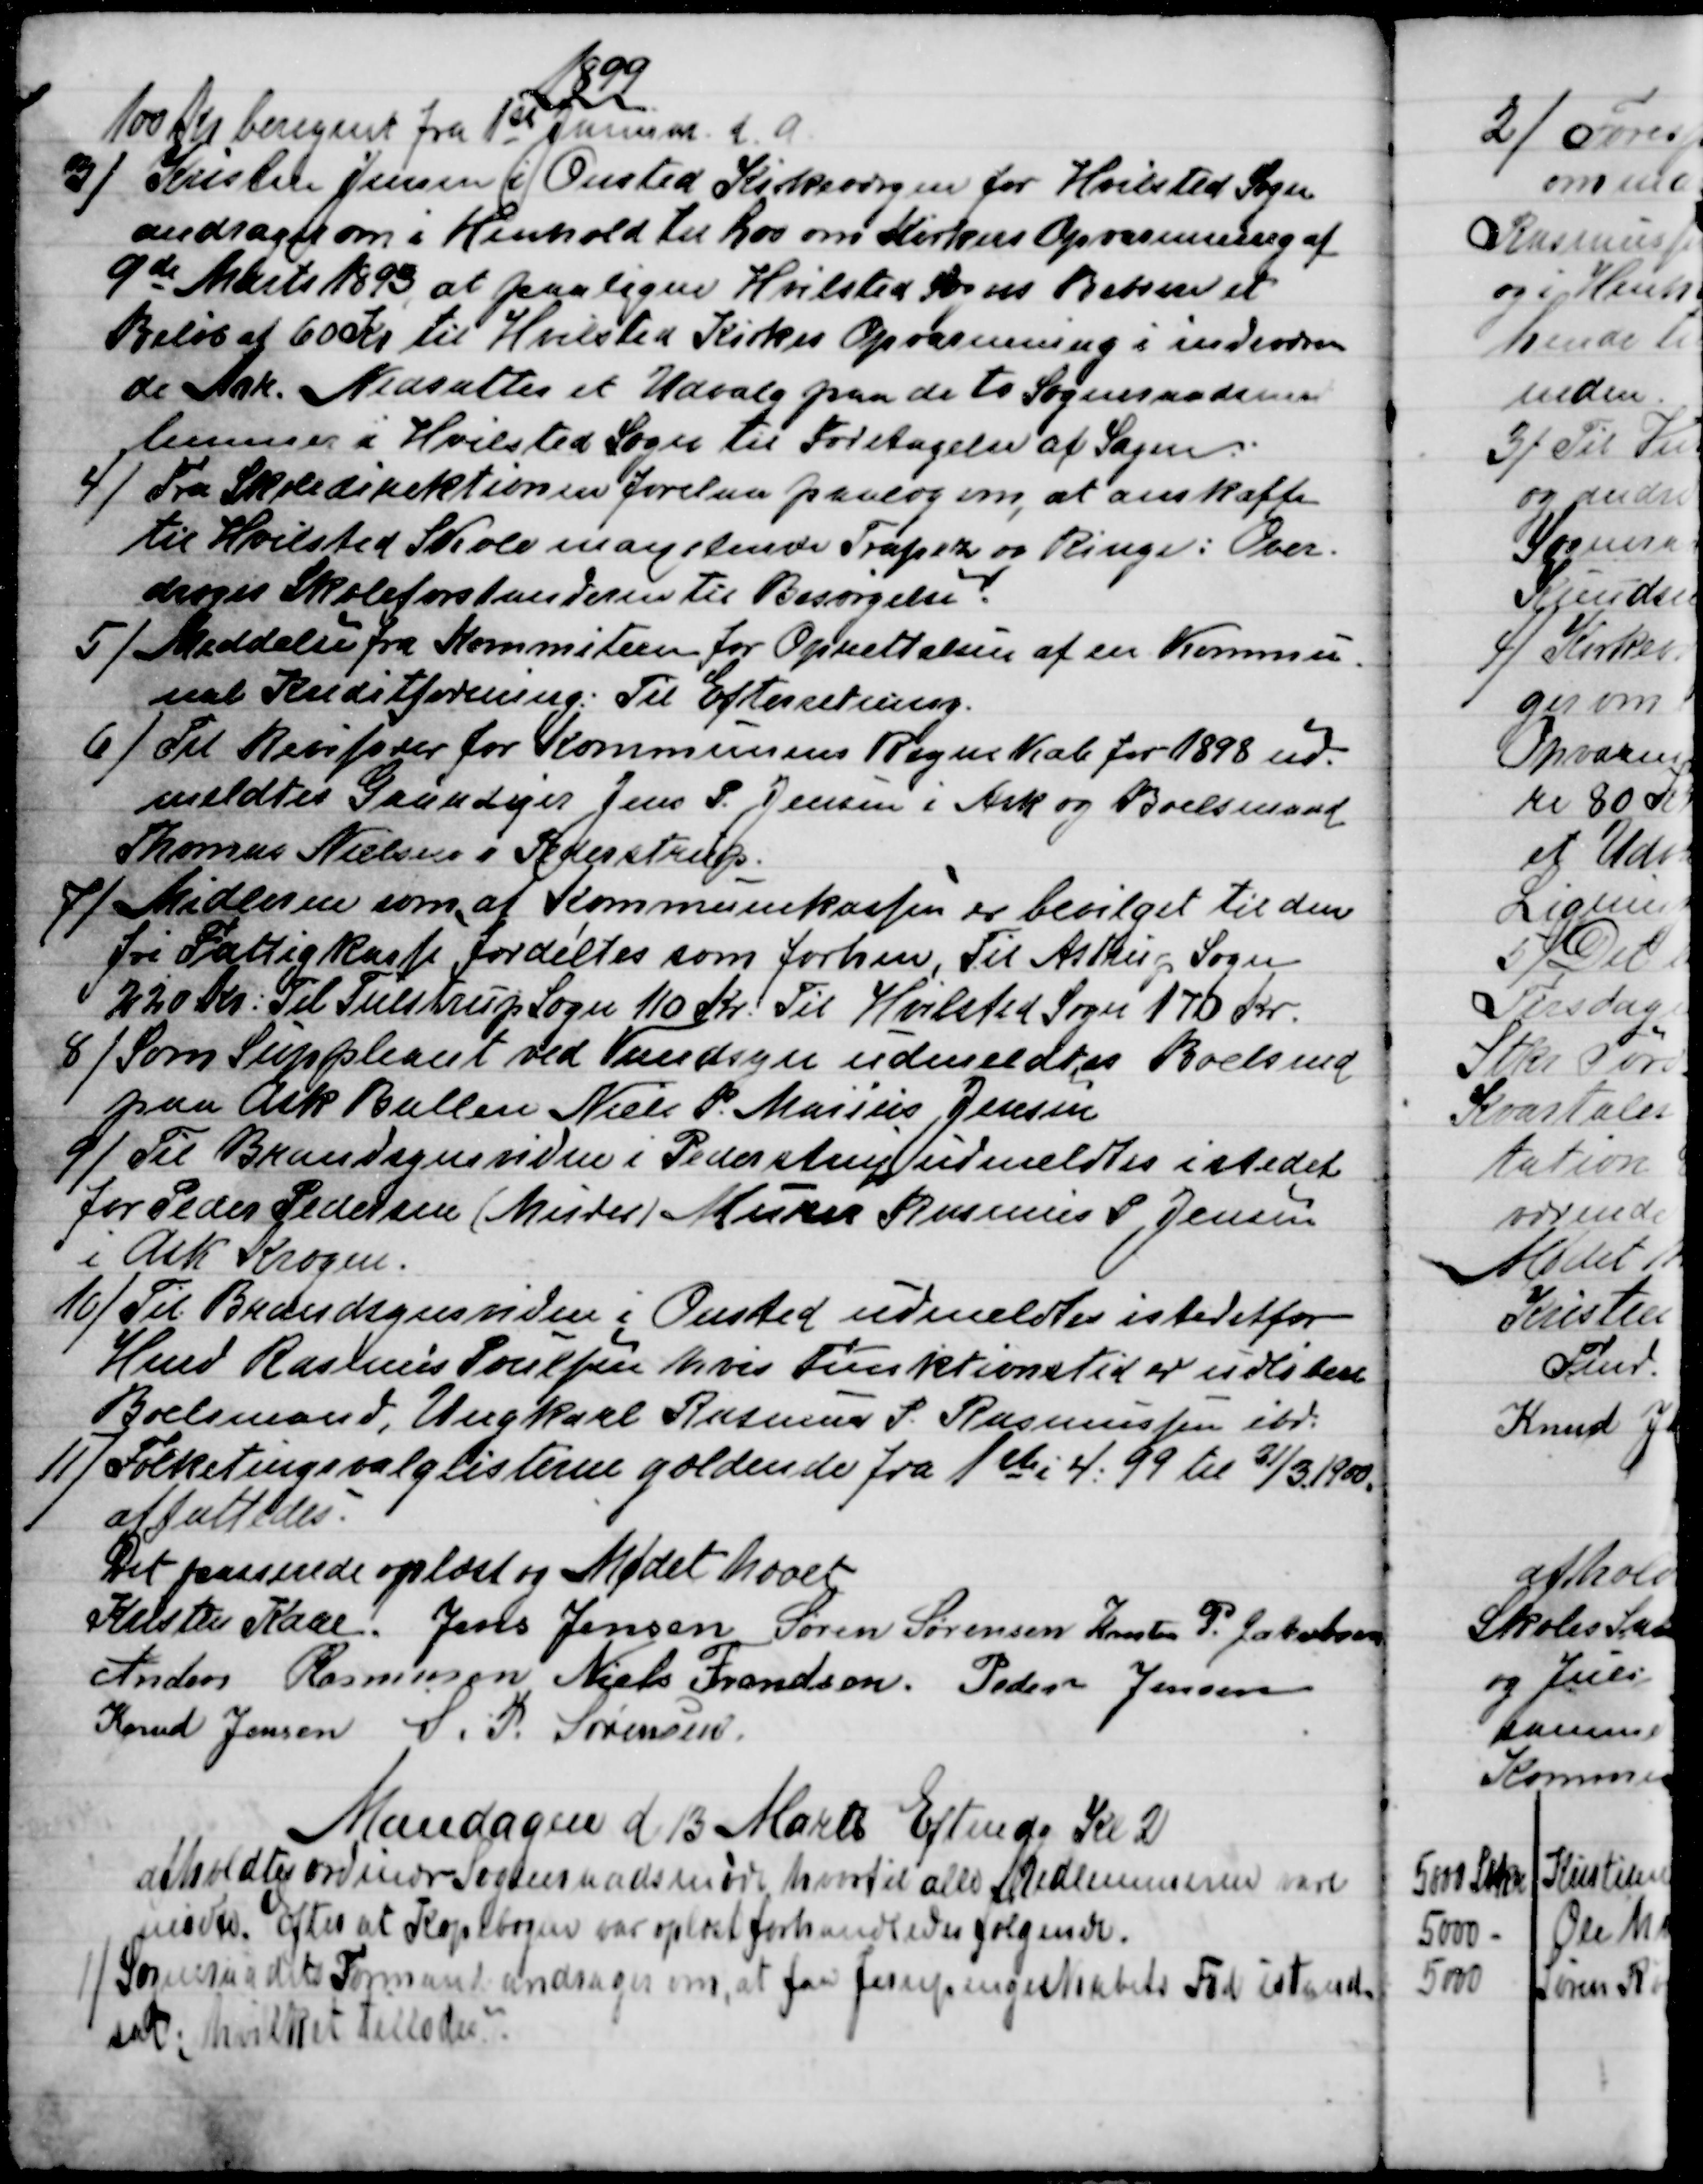
Transskription:
1899
100 Kr beregnet fra 1st Januar d. A.
3)
Kristen Jensen i Onsted Kirkeværgen for Hvilsted Sogn
andrager om i Henhold til Lov om Kirkens Opvarmning af 
9de Marts 1893, at paaligne Hvilsted Sogns Beboere et
Beløb af 600 Kr til Hvilsted Kirkes Opvarmning i indeværen
de Aar. Nedsattes et Udvalg paa de to Sogneraadsmed
lemmer i Hvilsted Sogn til Foretagelse af Sagen.
4)
Fra Skoledirektionen forelaa paalæg om, at anskaffe
til Hvilsted Skole manglende Trapez og Ringe: Over-
droges Skoleforstanderen til Besørgelse.
5) 
Meddelse fra Kommiteen for Oprettelsen af en Kommu-
nal Kreditforening: Til Efterretning.
6) 
Til Revisorer for Kommunens Regnskab for 1898 ud-
meldtes Gaardejer Jens P. Jensen i Ask og Boelsmand
Thomas Nielsen i Pederstrup.
7) 
Midlerne som af Kommunekassen er bevilget til den
fri Fattigkasse fordeltes som forhen, Til Astrup Sogn
220 Kr.: Til Tulstrup Sogn 110 Kr.: Til Hvilsted Sogn 170 Kr.
8) 
Som Suppleant ved Vandsyn udmeldtes Boelsmd
paa Ask Ballen Niels P. Marius Jensen
9) 
Til Brandsynsvidne i Pederstrup udmeldtes i stedet
for Peder Pedersen (Murer) Murer Rasmus P Jensen
i Ask Krogen.
10) 
Til Brandsynsvidne i Onsted udmeldtes istedetfor
Hmd Rasmus Poulsen hvis Funktionstid er udløben
Boelsmand, Ungkarl Rasmus P. Rasmussen ibd.
11) 
Folketingsvalglisterne gældende fra 1ste i 4. 99 til 31/3 1900.
affattedes.
Det passerede oplæst og Mødet hævet
Kristen Kaae. Jens Jensen  Søren Sørensen  Kresten P. Jakobsen
Anders Rasmussen  Niels Frandsen.  Peder Jensen
Knud Jensen  S. P. Sørensen
Mandagen d 13 Marts Eftmdg Kl 2
afholdtes ordinær Sogneraadsmøde hvortil alle Medlemmerne vare
mødte. Efter at Kapibogen var oplæst forhandledes følgende.
1)
Sogneraadets Formand andrager om, at faa Jernpengeskabets Fod istand
sat; hvilket tillodes.